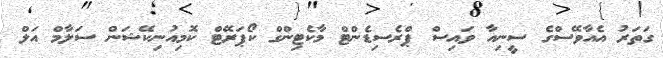
ގަތަރު އެއާވޭސްގެ ސީނިއާ ވައިސް ޕްރެސިޑެންޓް މާކެޓިންގް ކޯޕަރޭޓް ކޮމިއުނިކޭޝަން ސަލާމް އަލް